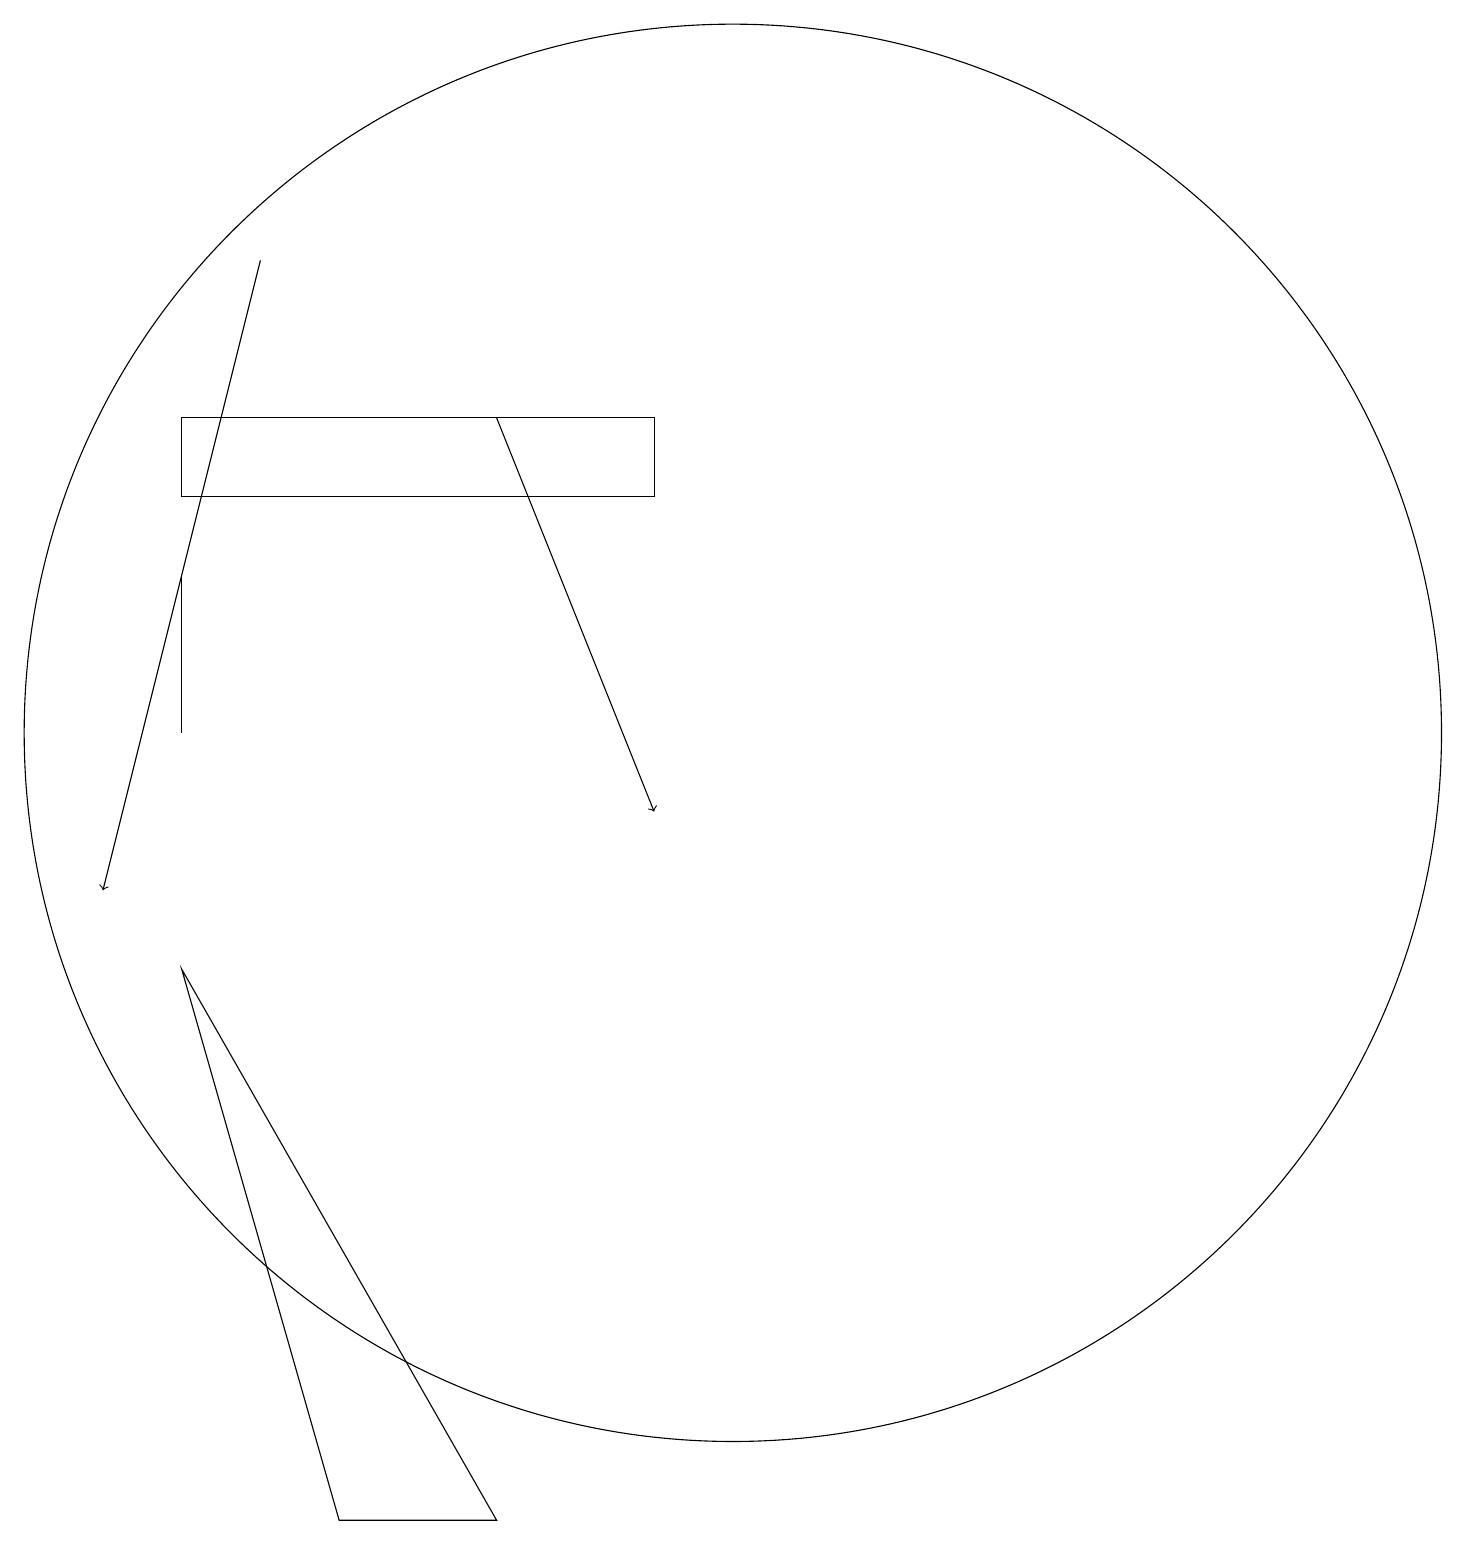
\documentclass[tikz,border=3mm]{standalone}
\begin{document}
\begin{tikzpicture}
\draw (10,12) circle (9);
\draw[->] (4,18) -- (2,10);
\draw (9,16) rectangle (3,15);
\draw (3,12) rectangle (3,14);
\draw (5,2) -- (7,2) -- (3,9) -- cycle;
\draw[->] (7,16) -- (9,11);
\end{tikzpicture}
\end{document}